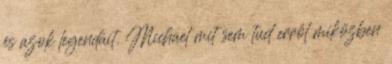
és azok legendáit. Michael mit sem tud erről miközben